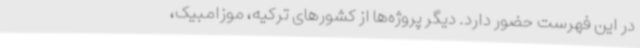
در این فهرست حضور دارد. دیگر پروژه‌ها از کشورهای ترکیه، موزامبیک،